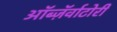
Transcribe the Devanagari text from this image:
ऑब्ज़ॅर्वाटोरी